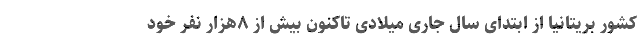
کشور بریتانیا از ابتدای سال جاری میلادی تاکنون بیش از ۸هزار نفر خود